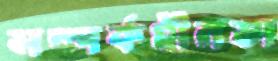
সম্পর্কহীনতা